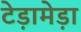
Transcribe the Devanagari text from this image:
टेड़ामेड़ा